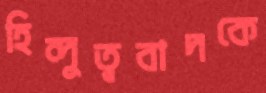
হিন্দুত্ববাদকে